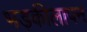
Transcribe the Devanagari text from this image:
भड़कीलापन